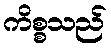
ကိစ္စသည်